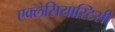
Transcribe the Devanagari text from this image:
एक्लेसियास्टिसी